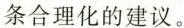
条合理化的建议。